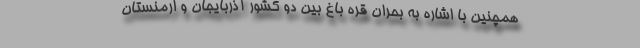
همچنین با اشاره به بحران قره باغ بین دو کشور آذربایجان و ارمنستان